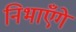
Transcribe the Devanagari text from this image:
निभाएँगे